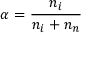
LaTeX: \alpha = { \frac { n _ { i } } { n _ { i } + n _ { n } } }